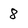
Character: 8